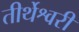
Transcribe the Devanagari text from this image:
तीर्थेश्वरी